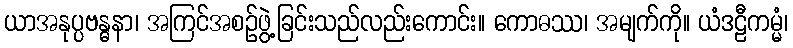
ယာအနုပ္ပဗန္ဓနာ၊ အကြင်အစဉ်ဖွဲ့ခြင်းသည်လည်းကောင်း။ ကောဓဿ၊ အမျက်ကို။ ယံဒဠီကမ္မံ၊